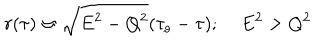
r ( \tau ) \approx \sqrt { E ^ { 2 } - Q ^ { 2 } } ( \tau _ { o } - \tau ) ; \; E ^ { 2 } > Q ^ { 2 }